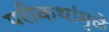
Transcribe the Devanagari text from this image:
परीकथांमुळे